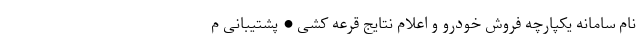
نام سامانه یکپارچه فروش خودرو و اعلام نتایج قرعه کشی • پشتیبانی م